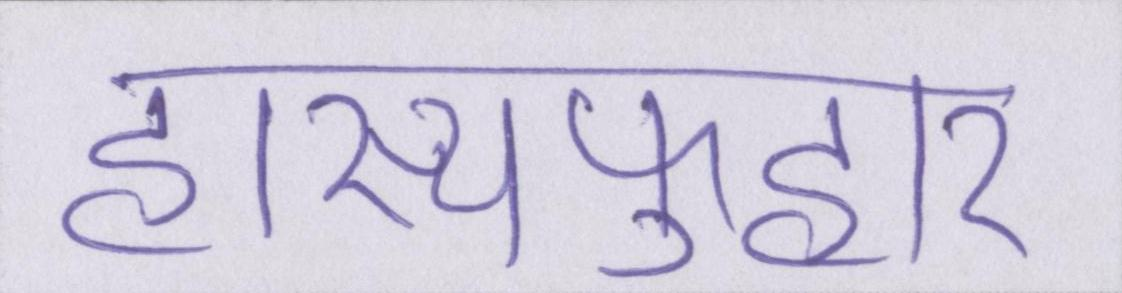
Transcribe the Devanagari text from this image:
हास्यफुहार